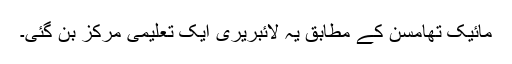
مائیک تھامسن کے مطابق یہ لائبریری ایک تعلیمی مرکز بن گئی۔